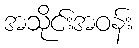
အသိုင်းအဝန်း